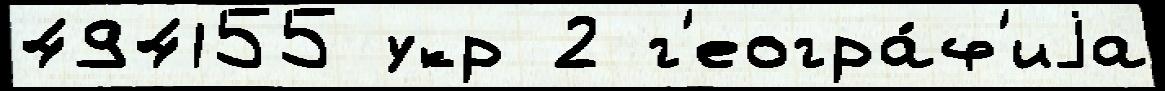
494155 укр 2 г'еогра́ф'иjа